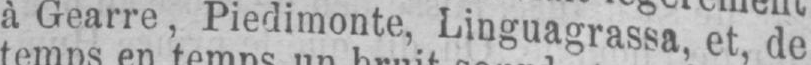
à Gearre, Piedimonte, Linguagrassa, et, de